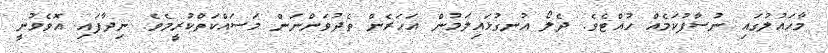
މާހައުލުގައި ނުސާފުކަމެއް ހުއްޓެވެ. ދެލޯ އުނގުޅައިލަމުން އަހަރެން ތެދުވަންނަން މަސައްކަތްކުރީމެވެ. ނިދާފައި އޮވެވުނީ